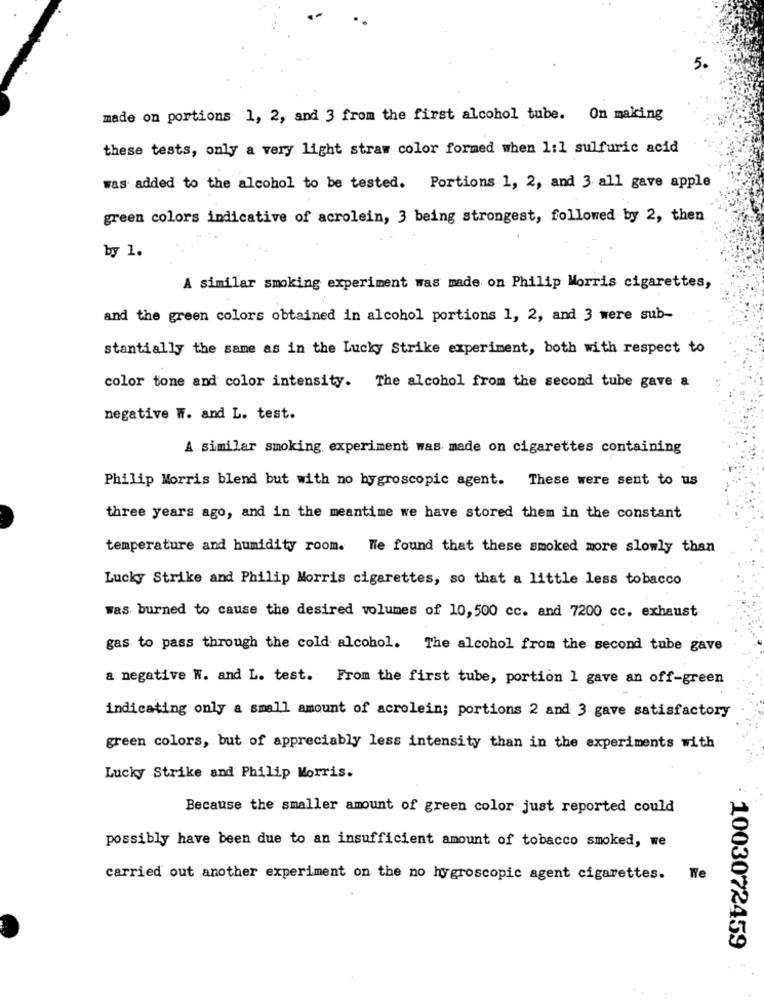
5.
made on portions 1, 2, and 3 from the first alcohol tube. On making
these tests, only a very light straw color formed when 1:1 sulfuric acid
was added to the alcohol to be tested. Portions 1, 2, and 3 all gave apple
green colors indicative of acrolein, 3 being strongest, followed by 2, then
by 1.
A similar smoking experiment was made on Philip Morris cigarettes,
and the green colors obtained in alcohol portions 1, 2, and 3 were sub-
stantially the same as in the Lucky Strike experiment, both with respect to
color tone and color intensity. The alcohol from the second tube gave a
negative W. and L. test.
A similar smoking experiment was made on cigarettes containing
Philip Morris blend but with no hygroscopic agent. These were sent to us
three years ago, and in the meantime we have stored them in the constant
temperature and humidity room. We found that these smoked more slowly than
Lucky Strike and Philip Morris cigarettes, so that a little less tobacco
was burned to cause the desired volumes of 10, 500 cc. and 7200 cc. exhaust
gas to pass through the cold alcohol. The alcohol from the second tube gave
a negative W. and L. test. From the first tube, portion 1 gave an off-green
indicating only a small amount of acrolein; portions 2 and 3 gave satisfactory
green colors, but of appreciably less intensity than in the experiments with
Lucky Strike and Philip Morris.
Because the smaller amount of green color just reported could
possibly have been due to an insufficient amount of tobacco smoked, we
carried out another experiment on the no hygroscopic agent cigarettes.
Te
1003072459